Indian journal of veterinary science and animal husbandry - Volume 12,
Year: 1942
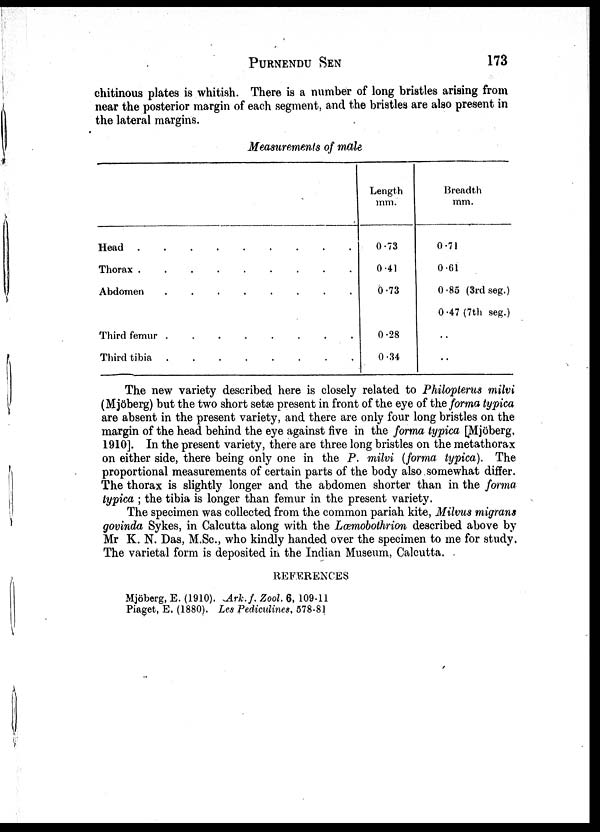
PURNENDU SEN 173
chitinous plates is whitish. There is a number of long bristles arising from
near the posterior margin of each segment, and the bristles are also present in
the lateral margins.
Measurements of male
Head
Thorax
.........
Abdomen........
Third
femur........
Third
tibia
Length
mm.
0.73
0.41
0.73
0.28
0.34
Breadth
mm.
0.71
0.61
0.85 (3rd seg.)
0.47 (7th seg.)
. .
. .
The new variety described here is closely related to Philopterus milvi
(Mjöberg) but the two short setæ present in front of the eye of the forma typica
are absent in the present variety, and there are only four long bristles on the
margin of the head behind the eye against five in the forma typica [Mjöberg,
1910]. In the present variety, there are three long bristles on the metathorax
on either side, there being only one in the P. milvi (forma typica). The
proportional measurements of certain parts of the body also somewhat differ.
The thorax is slightly longer and the abdomen shorter than in the forma
typica ; the tibia is longer than femur in the present variety.
The specimen was collected from the common pariah kite, Milvus migrans
govinda Sykes, in Calcutta along with the Læmobothrion described above by
Mr K. N. Das, M.Sc., who kindly handed over the specimen to me for study.
The varietal form is deposited in the Indian Museum, Calcutta.
REFERENCES
Mjöberg, E. (1910). Ark.f. Zool. 6, 109-11
Piaget, E. (1880). Les Pediculines, 578-81